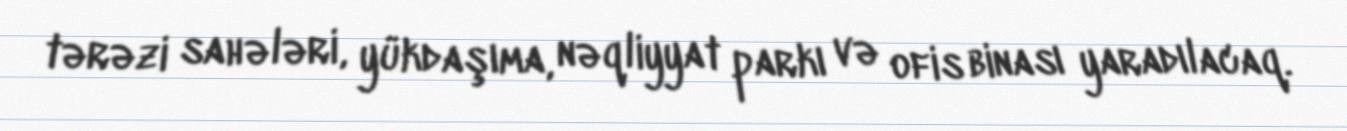
tərəzi sahələri, yükdaşıma, nəqliyyat parkı və ofis binası yaradılacaq.